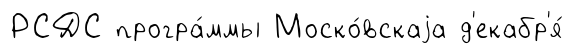
РСДС програ́ммы Моско́вскаjа д'екабр'я́